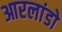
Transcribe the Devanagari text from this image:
आरलांडो